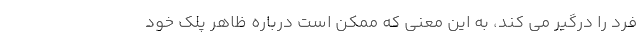
فرد را درگیر می کند، به این معنی که ممکن است درباره ظاهر پلک خود